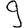
Digit: 9